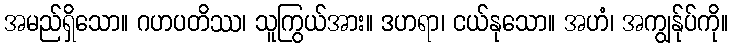
အမည်ရှိသော။ ဂဟပတိဿ၊ သူကြွယ်အား။ ဒဟရာ၊ ငယ်နုသော။ အဟံ၊ အကျွန်ုပ်ကို။